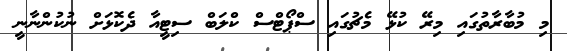
މި މުބާރާތުގައި މިރޭ ކުޅޭ މެޗުގައި ސްޕޯޓްސް ކްލަބް ސިޓީއާ ދެކޮޅަށް ނުކުންނާނީ